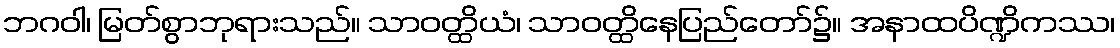
ဘဂဝါ၊ မြတ်စွာဘုရားသည်။ သာဝတ္ထိယံ၊ သာဝတ္ထိနေပြည်တော်၌။ အနာထပိဏ္ဍိကဿ၊